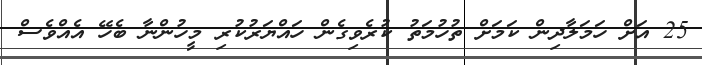
25 އަށް ހަމަލާދިން ކަމަށް ތުހުމަތު ކުރެވިގެން ހައްޔަރުކުރި މީހުންނާ ބެހޭ އެއްވެސް